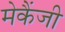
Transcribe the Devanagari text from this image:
मेकैंजी